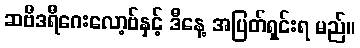
ဆဗီဒရီဂေးလော့ဗ်နှင့် ဒီနေ့ အပြတ်ရှင်းရ မည်။